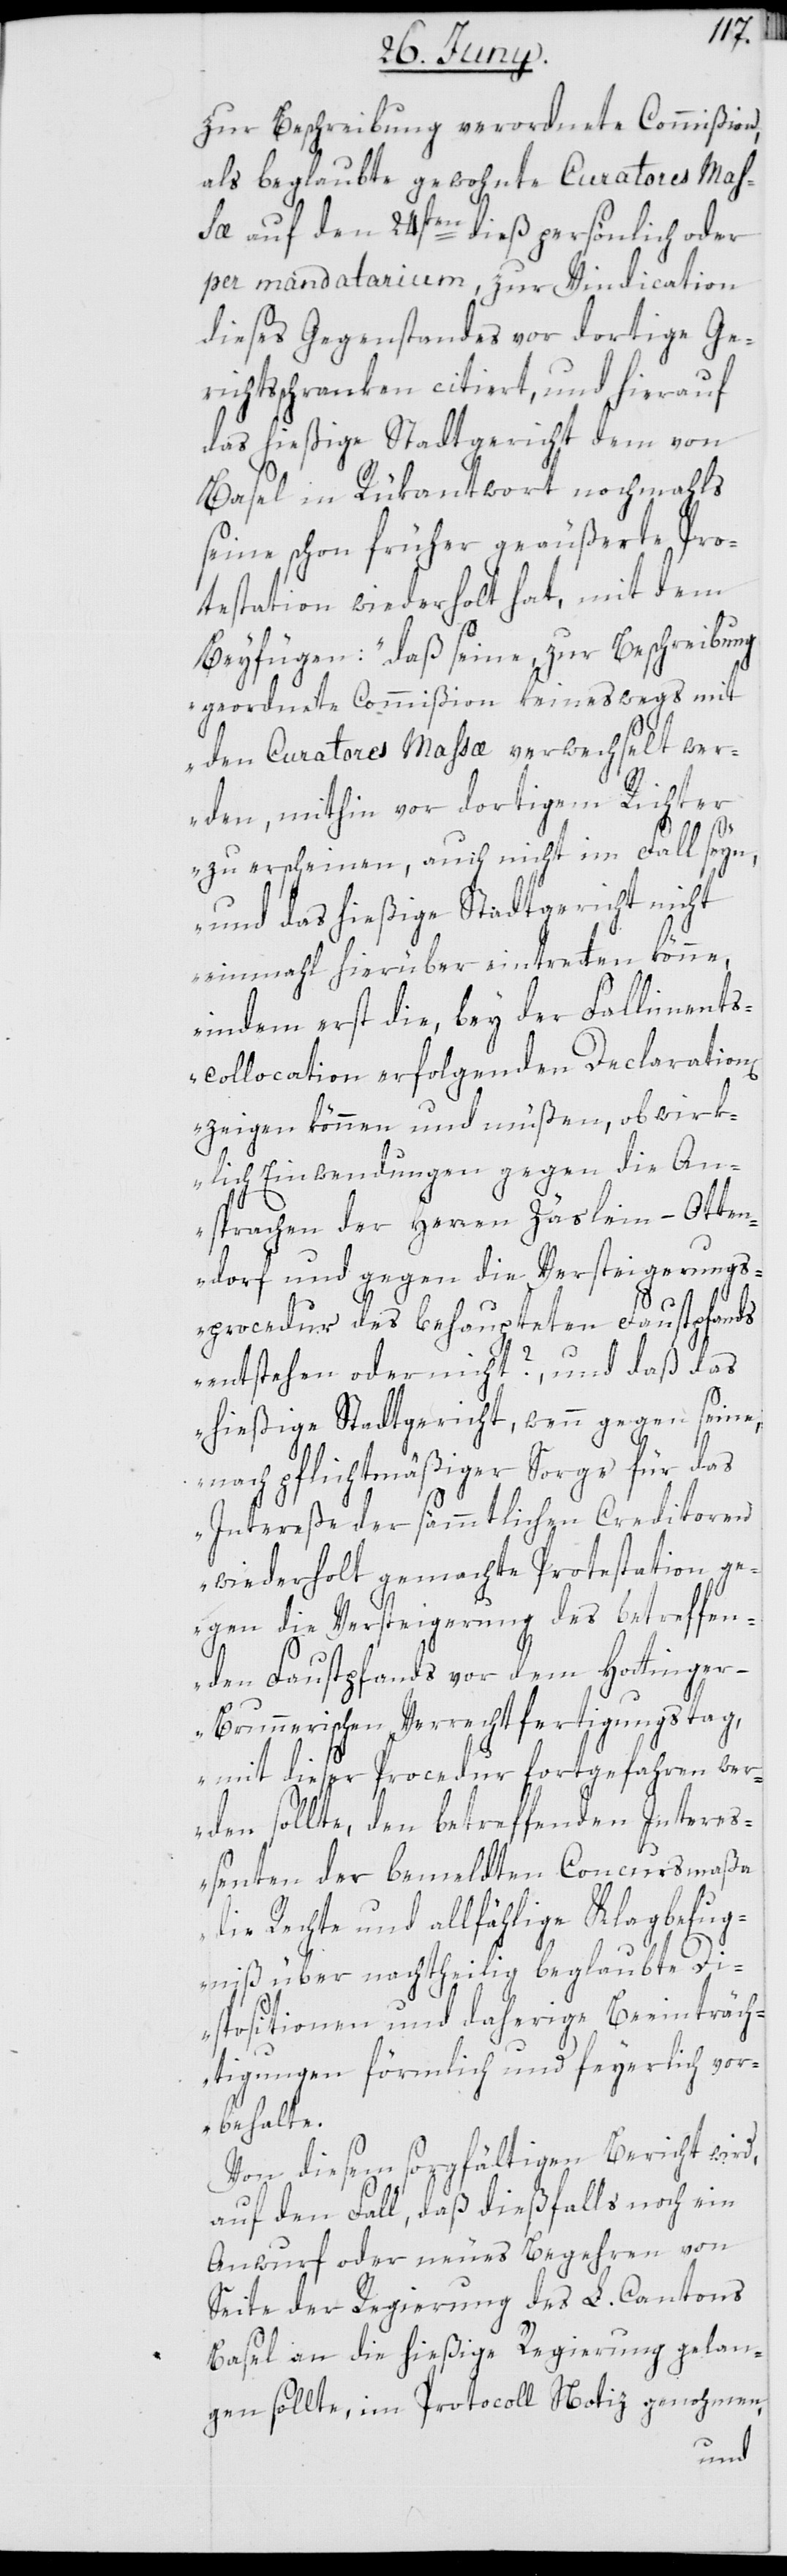
zur Beschreibung verordnete Commißion
als beglaubte gewohnte Curatores Mas¬
sa auf den 24sten dieß persönlich oder
per mandatarium zur Vindication
dieses Gegenstandes vor dortige Ger¬
ichtsschranken citiert, und hierauf
das hießige Stadtgericht dem von
Basel in Rükantwort nochmahls
seine schon früher geäußerte Pro¬
testation wiederholt hat, mit dem
Beyfügen: „daß seine zur Beschreibung
geordnete Commißion keineswegs mit
den Curatores Massæ verwechselt wer¬
den, mithin vor dortigem Richter
zu erscheinen, auch nicht im Fall seyn,
und das hießige Stadtgericht nicht
einmahl hierüber eintretten könne,
indem erst die, bey der Falliments¬
collocation erfolgenden Declaration[e¬
n] zeigen können und müßen, ob wirk¬
lich Einwendungen gegen die An¬
sprachen der Herren Zäslein-Otten¬
dorf und gegen die Versteigerungs¬
procedur des behaupteten Faustpfands
entstehen oder nicht?, und daß das
hießige Stadtgericht, wenn gegen seine,
nach pflichtmäßiger Sorge für das
Intereße der sämmtlichen Creditoren
wiederholt gemachte Protestation ge¬
gen die Versteigerung des betreffen¬
den Faustpfands vor dem Hottinge¬
r-Brunnerischen Verrechtfertigungstag,
mit dieser Procedur fortgefahren wer¬
den sollte, den betreffenden Intereß¬
enten der bemeldten Concursmaßa
die Rechte und allfählige Klagbefug¬
niß über nachtheilig beglaubte Di¬
spositionen und daherige Beeinträch¬
tigungen förmlich und feyerlich vor¬
behalte.“
Von diesem sorgfältigen Bericht wird,
auf den Fall, daß dießfalls noch ein
Anwurf oder neues Begehren von
Seite der Regierung des L. Cantons
Basel an die hießige Regierung gelan¬
gen sollte, im Protocoll Notiz genohmen,